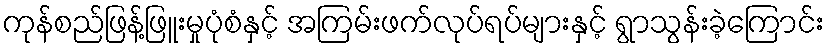
ကုန်စည်ဖြန့်ဖြူးမှုပုံစံနှင့် အကြမ်းဖက်လုပ်ရပ်များနှင့် ရွာသွန်းခဲ့ကြောင်း